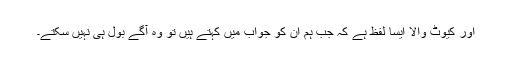
اور کیوٹ والا ایسا لفظ ہے کہ جب ہم ان کو جواب میں کہتے ہیں تو وہ آگے بول ہی نہیں سکتے۔